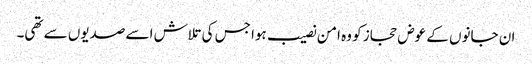
ان جانوں کے عوض حجاز کو وہ امن نصیب ہوا جس کی تلاش اسے صدیوں سے تھی۔